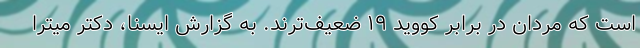
است که مردان در برابر کووید ۱۹ ضعیف‌ترند. به گزارش ایسنا، دکتر میترا